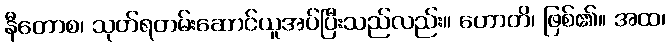
နီတောစ၊ သုတ်ရတမ်းဆောင်ယူအပ်ပြီးသည်လည်း။ ဟောတိ၊ ဖြစ်၏။ အထ၊